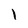
Character: 1